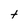
Character: t